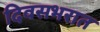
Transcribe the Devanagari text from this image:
दिवसभरात